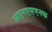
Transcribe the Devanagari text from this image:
आएनएसएनफ